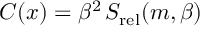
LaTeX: { \cal C } ( x ) = \beta ^ { 2 } \, S _ { \mathrm { r e l } } ( m , \beta )